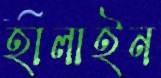
হালাইন